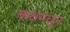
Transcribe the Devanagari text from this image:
कक्षेमधून